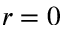
r = 0